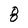
Character: 8